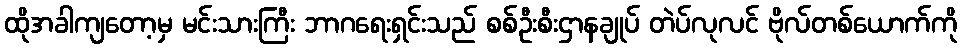
ထိုအခါကျတော့မှ မင်းသားကြီး ဘာဂရေးရှင်းသည် စစ်ဦးစီးဌာနချုပ် တဲပ်လုလင် ဗိုလ်တစ်ယောက်ကို